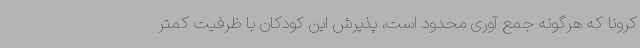
کرونا که هرگونه جمع آوری محدود است، پذیرش این کودکان با ظرفیت کمتر